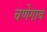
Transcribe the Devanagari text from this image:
चणेगाव